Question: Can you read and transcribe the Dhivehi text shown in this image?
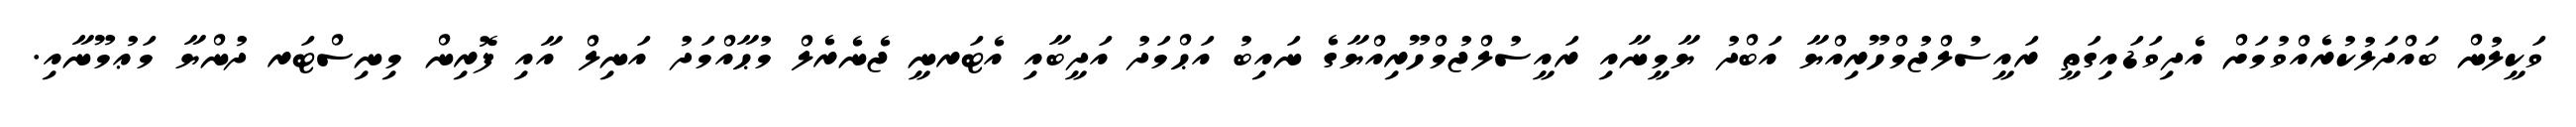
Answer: ވަކީލުން ބައްދަލުކުރެއްވުމަށް އެދިވަޑައިގަތީ ރައީސުލްޖުމްހޫރިއްޔާ އަބްދު ޔާމީނާއި ރައީސުލްޖުމްހޫރިއްޔާގެ ނައިބު އަޙްމަދު އަދީބާއި އެޓަރނީ ޖެނެރެލް މުޙާއްމަދު އަނިލް އާއި ފޮރިން މިނިސްޓަރ ދުންޔާ މަޢުމޫނާއި.